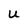
Character: U